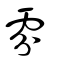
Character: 雰